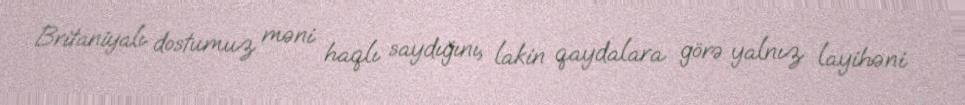
Britaniyalı dostumuz məni haqlı saydığını, lakin qaydalara görə yalnız layihəni